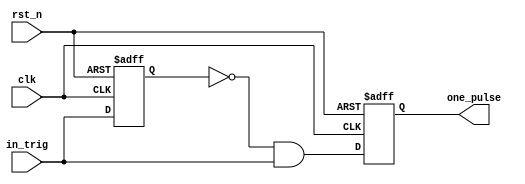
`timescale 1ns / 1ps
//////////////////////////////////////////////////////////////////////////////////
// Company: 
// Engineer: 
// 
// Design Name: 
// Module Name: one_pulse
// Project Name: 
// Target Devices: 
// Tool Versions: 
// Description: 
// 
// Dependencies: 
// 
// Revision:
// Revision 0.01 - File Created
// Additional Comments:
// 
//////////////////////////////////////////////////////////////////////////////////


module one_pulse(
    input in_trig,
    input clk,
    input rst_n,
    output reg one_pulse
    );
    reg in_trig_delay;
    reg one_pulse_next;

    always @(posedge clk or negedge rst_n)
        if (~rst_n)  in_trig_delay <= 0;
        else  in_trig_delay <= in_trig;

    always @*
        one_pulse_next <= (~in_trig_delay) && in_trig;

    always @(posedge clk or negedge rst_n)
        if (~rst_n)  one_pulse <= 0;
        else  one_pulse <= one_pulse_next;

endmodule